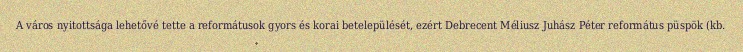
A város nyitottsága lehetővé tette a reformátusok gyors és korai betelepülését, ezért Debrecent Méliusz Juhász Péter református püspök (kb.